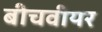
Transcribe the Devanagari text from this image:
बीचवीयर